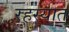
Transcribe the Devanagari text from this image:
रहस्यात